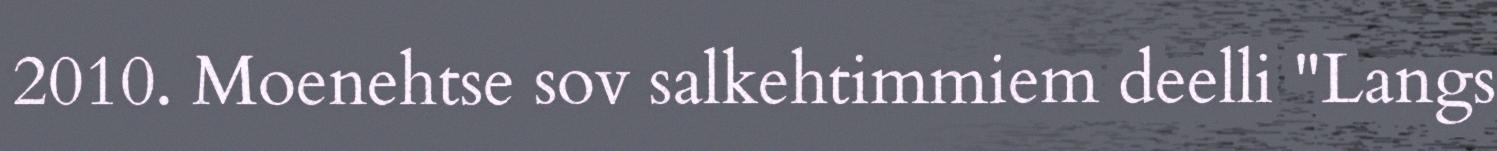
2010. Moenehtse sov salkehtimmiem deelli "Langs